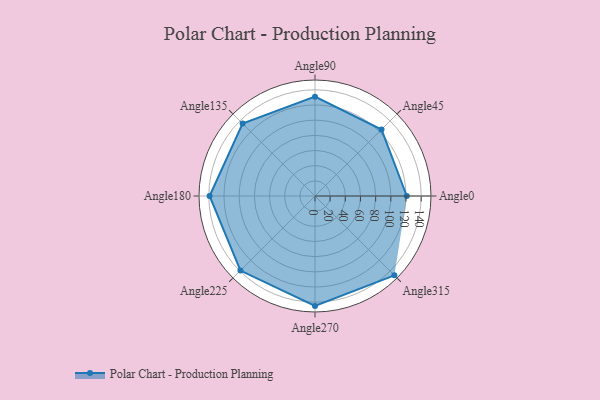
{"axis": {"x": "Angle", "y": "Radius"}, "legend": [""], "data": [{"x": "Angle0", "y": 121.0, "type": ""}, {"x": "Angle45", "y": 124.0, "type": ""}, {"x": "Angle90", "y": 131.0, "type": ""}, {"x": "Angle135", "y": 135.0, "type": ""}, {"x": "Angle180", "y": 139.0, "type": ""}, {"x": "Angle225", "y": 139.0, "type": ""}, {"x": "Angle270", "y": 145.0, "type": ""}, {"x": "Angle315", "y": 148.0, "type": ""}]}